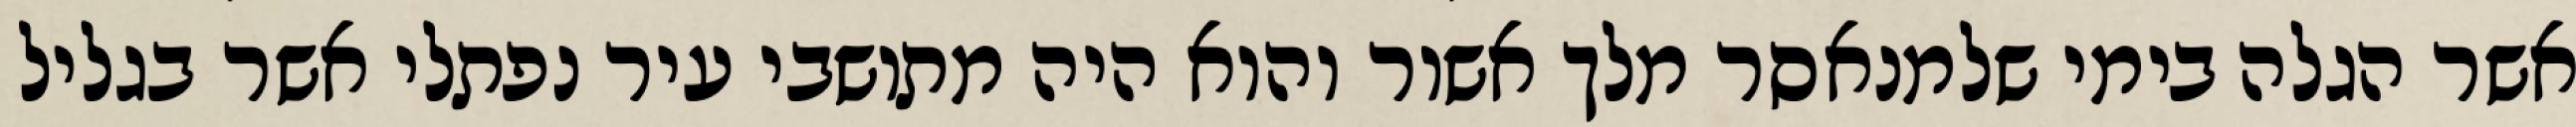
אשר הגלה בימי שלמנאסר מלך אשור והוא היה מתושבי עיר נפתלי אשר בגליל